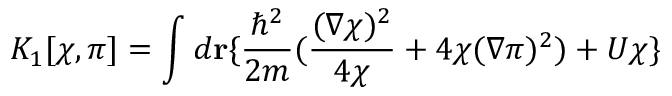
K _ { 1 } [ \chi , \pi ] = \int d { \bf r } \{ { \frac { \hbar ^ { 2 } } { 2 m } } ( { \frac { ( \nabla \chi ) ^ { 2 } } { 4 \chi } } + 4 \chi ( \nabla \pi ) ^ { 2 } ) + U \chi \}